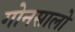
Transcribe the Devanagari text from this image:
गोनसालो